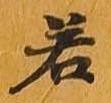
若